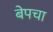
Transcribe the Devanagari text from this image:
बेपचा